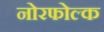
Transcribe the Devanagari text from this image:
नोरफोल्क